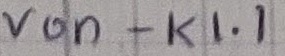
Text: von - K1.1